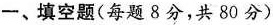
一、填空题(每题8分，共80分)